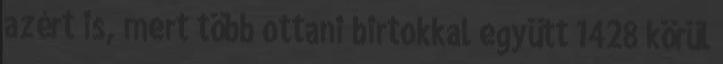
azért is, mert több ottani birtokkal együtt 1428 körül